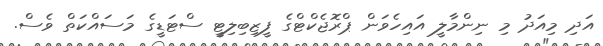
އަދި މިއަދު މި ނިންމާލީ އައިހެވަން ޕްރޮޖެކްޓްގެ ފީޒިބިލިޓީ ސްޓަޑީގެ މަސައްކަތް ވެސް.